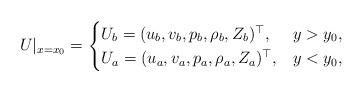
LaTeX: \begin{align*}U|_{x=x_0}=\begin{cases}U_{b}=(u_b,v_b, p_b, \rho_b, Z_b)^\top, & y>y_0,\\U_{a}=(u_a,v_a, p_a, \rho_a, Z_a)^\top, & y<y_0,\\\end{cases}\end{align*}